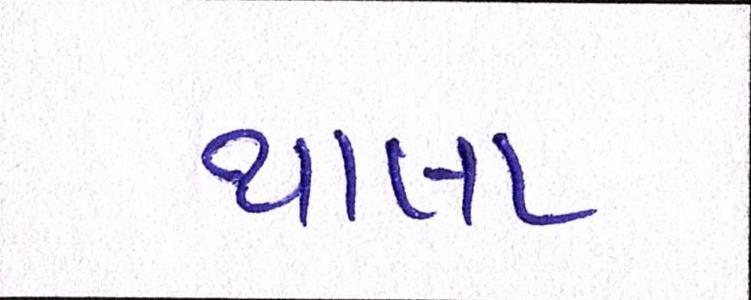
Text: થાલા